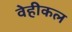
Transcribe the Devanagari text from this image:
वेहीकल